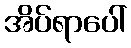
အိပ်ရာပေါ်